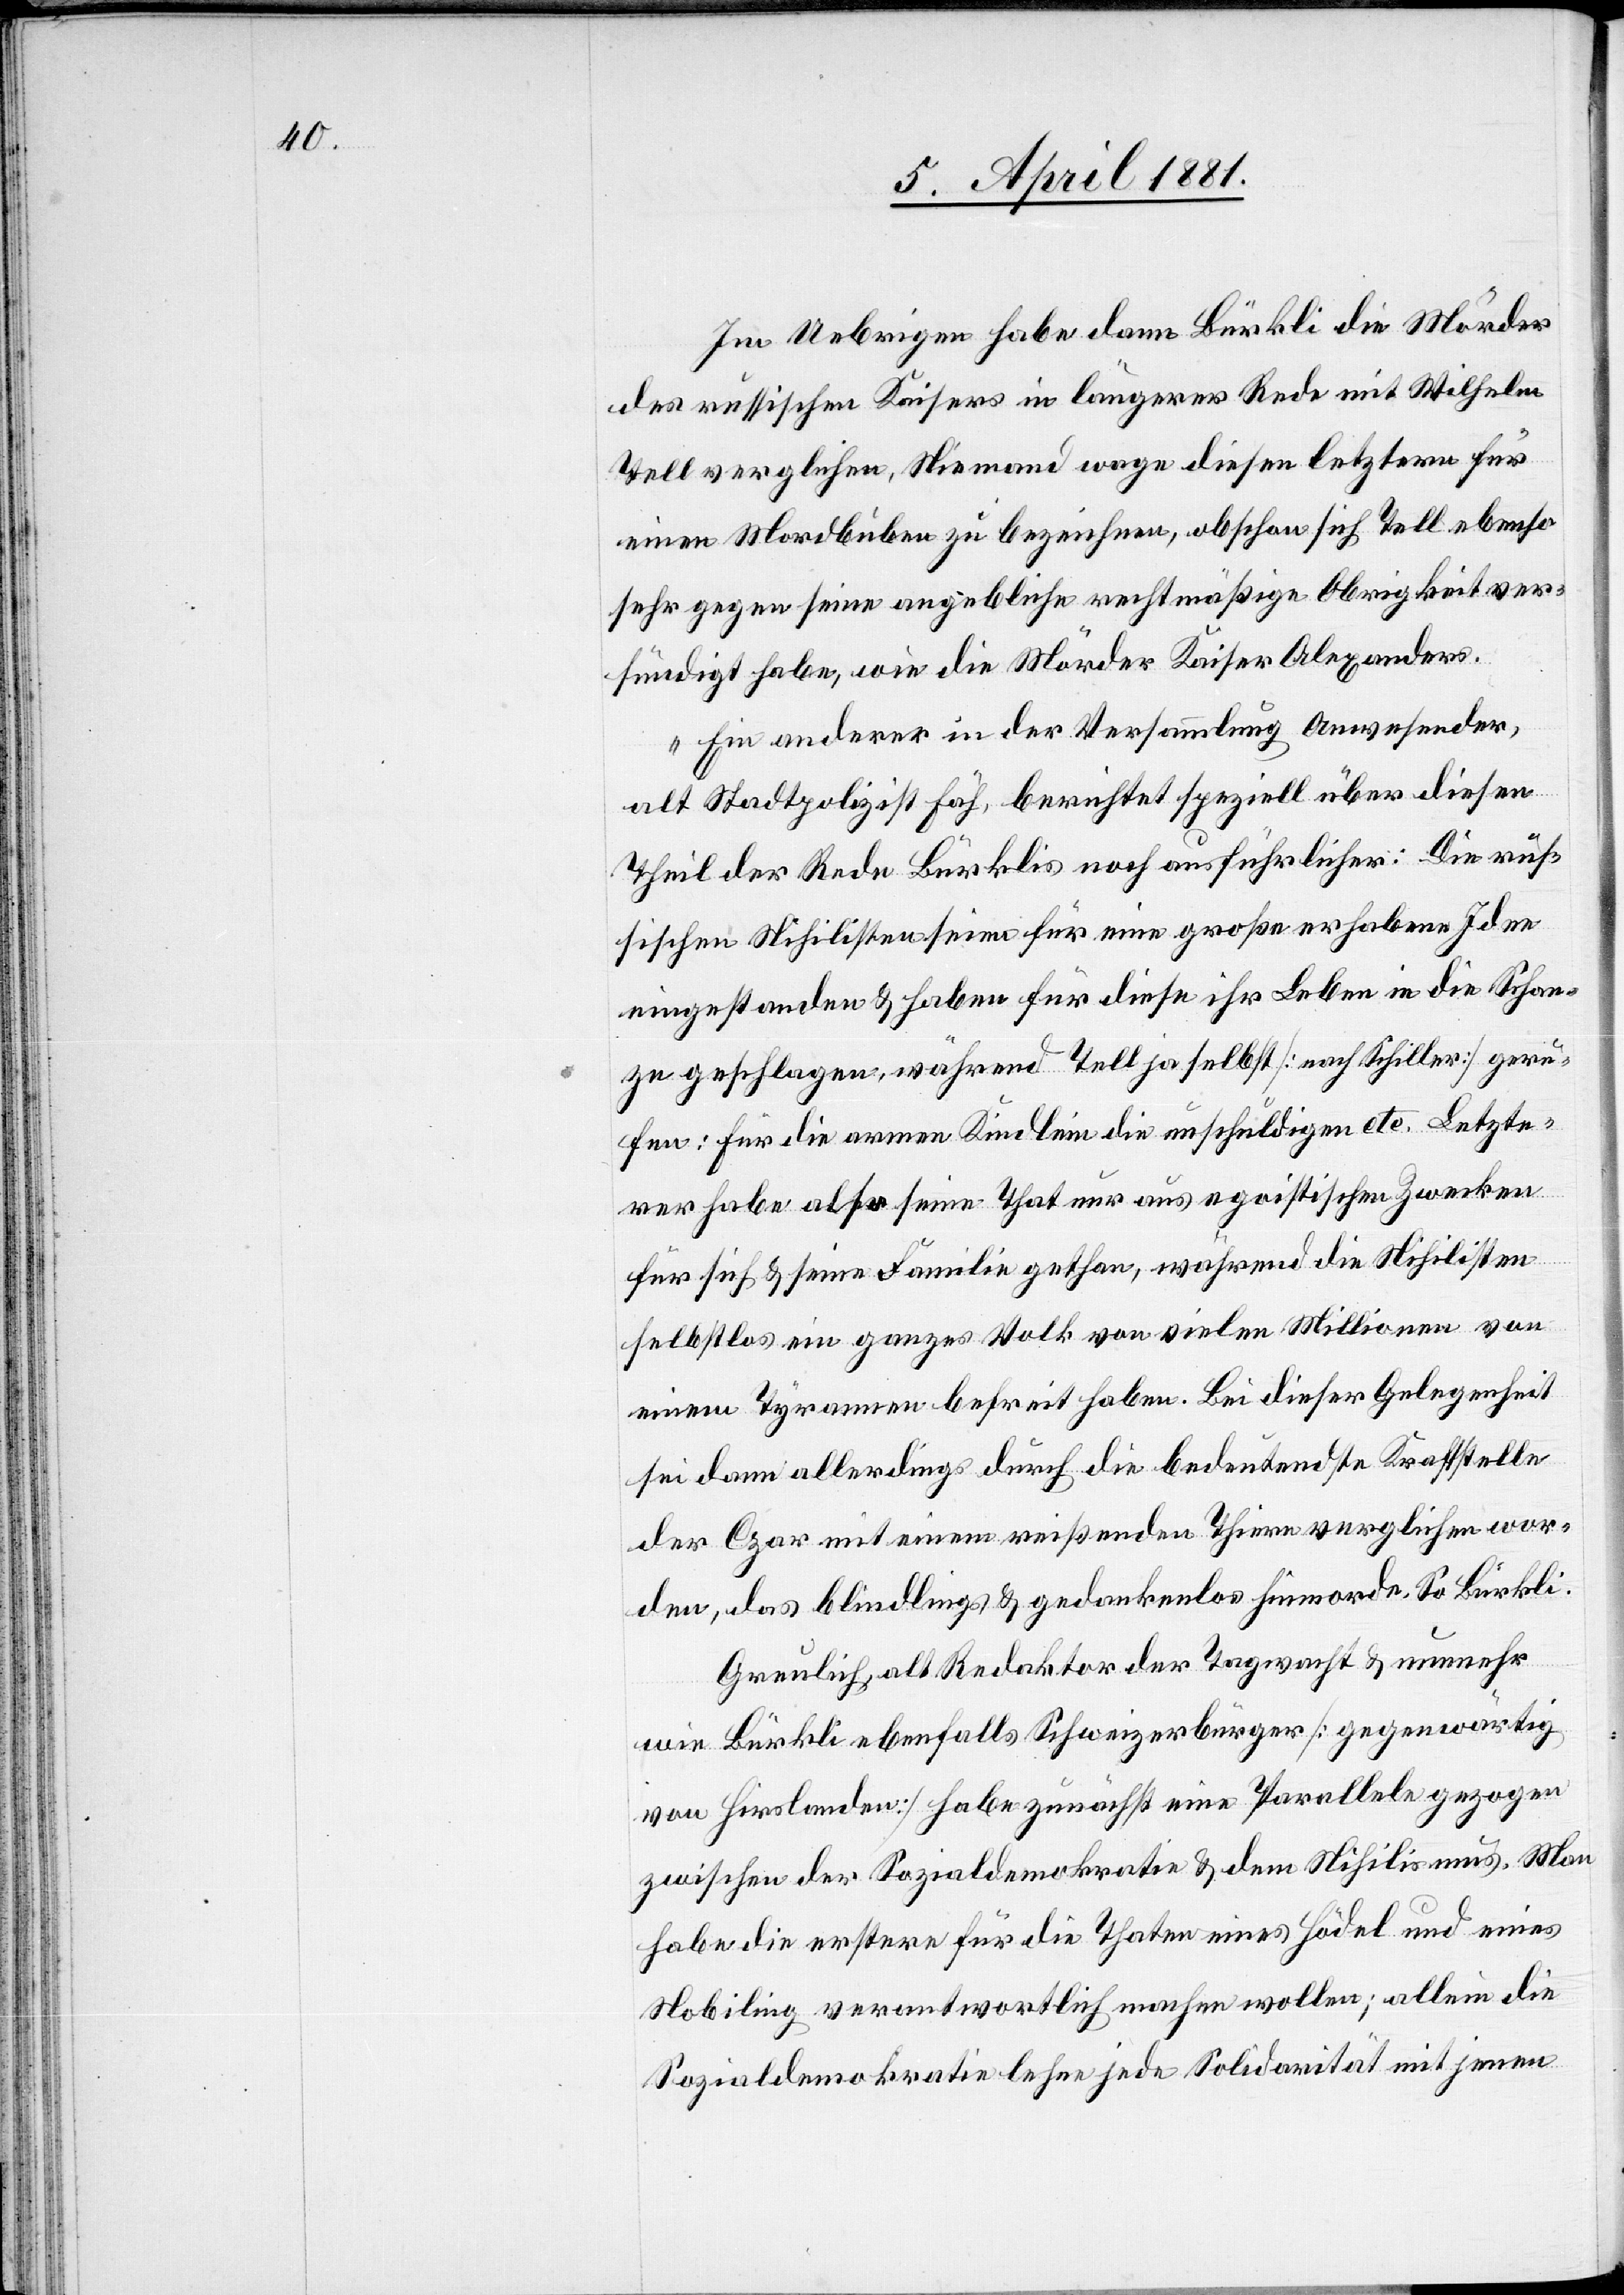
Im Uebrigen habe dann Bürkli die Mörder
des russischen Kaisers in längerer Rede mit Wilhelm
Tell verglichen, Niemand wage diesen letztern für
einen Mordbuben zu bezeichnen, obschon sich Tell ebenso
sehr gegen seine angebliche rechtmäßige Obrigkeit ver¬
sündigt habe, wie die Mörder Kaiser Alexanders.
Ein anderer in der Versammlung Anwesender,
alt Stadtpolizist Fäh, berichtet speziell über diesen
Theil der Rede Bürklis noch ausführlicher: Die rus¬
sischen Nihilisten seien für eine große erhabene Idee
eingestanden & haben für diese ihr Leben in die Schan¬
ze geschlagen, während Tell ja selbst [nach Schiller] geru¬
fen: Für die armen Kindlein die unschuldigen etc. Letzte¬
rer habe also seine That nur aus egoistischen Zwecken
für sich & seine Familie gethan, während die Nihilisten
selbstlos ein ganzes Volk von vielen Millionen von
einem Tyrannen befreit haben. Bei dieser Gelegenheit
sei dann allerdings durch die bedeutendste Kraftstelle
der Czar mit einem reißenden Thiere verglichen wor¬
den, das blindlings & gedankenlos hinmorde. So Bürkli.
Greulich, alt Redaktor der Tagwacht & nunmehr
wie Bürkli ebenfalls Schweizerbürger [gegenwärtig
von Hirslanden] habe zunächst eine Parallele gezogen
zwischen der Sozialdemokratie & dem Nihilismus. Man
habe die erstere für die Thaten eines Hödel und eines
Nobiling verantwortlich machen wollen; allein die
Sozialdemokratie lehne jede Solidarität mit jenen